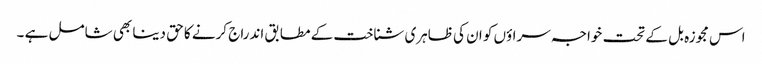
اس مجوزہ بل کے تحت خواجہ سراؤں کو ان کی ظاہری شناخت کے مطابق اندراج کرنے کا حق دینا بھی شامل ہے ۔